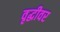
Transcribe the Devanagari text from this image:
वृद्धीवर